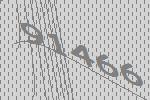
91466